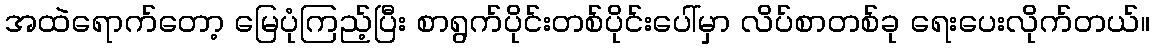
အထဲရောက်တော့ မြေပုံကြည့်ပြီး စာရွက်ပိုင်းတစ်ပိုင်းပေါ်မှာ လိပ်စာတစ်ခု ရေးပေးလိုက်တယ်။